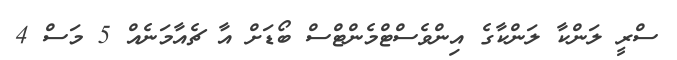
ސްރީ ލަންކާ ލަންކާގެ އިންވެސްޓްމެންޓްސް ބޯޑަށް އާ ޗެއާމަނެއް 5 މަސް 4